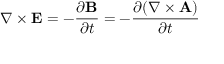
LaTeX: \nabla \times \mathbf { E } = - { \frac { \partial \mathbf { B } } { \partial t } } = - { \frac { \partial ( \nabla \times \mathbf { A } ) } { \partial t } }